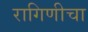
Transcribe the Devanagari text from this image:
रागिणीचा